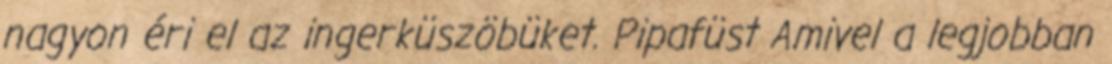
nagyon éri el az ingerküszöbüket. Pipafüst Amivel a legjobban